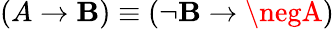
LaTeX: (A\to\mathbf{B})\equiv(\neg\mathbf{B}\to\negA)